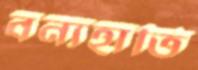
বন্যহাতি